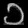
Digit: ၁